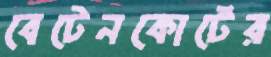
বেটেনকোর্টের